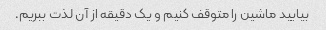
بیایید ماشین را متوقف کنیم و یک دقیقه از آن لذت ببریم.